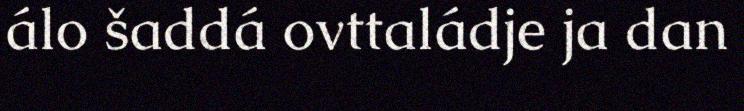
álo šaddá ovttaládje ja dan